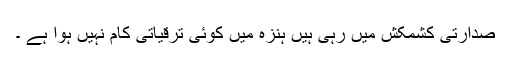
صدارتی کشمکش میں رہی ہیں ہنزہ میں کوئی ترقیاتی کام نہیں ہوا ہے ۔